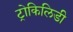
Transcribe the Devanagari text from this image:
ट्रोकिलिडी